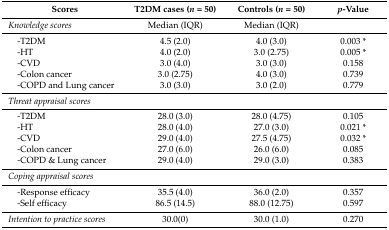
| Scores | T2DM cases (n = 50) | Controls (n = 50) | p-Value |
 | --- | --- | --- | --- |
 | Knowledge scores | Median (IQR) | Median (IQR) |  |
 | -T2DM | 4.5 (2.0) | 4.0 (3.0) | 0.003 * |
 | -HT | 4.0 (2.0) | 3.0 (2.75) | 0.005 * |
 | -CVD | 3.0 (4.0) | 3.0 (3.0) | 0.158 |
 | -Colon cancer | 3.0 (2.75) | 4.0 (3.0) | 0.739 |
 | -COPD and Lung cancer | 3.0 (3.0) | 3.0 (2.0) | 0.779 |
 | Threat appraisal scores |  |  |  |
 | -T2DM | 28.0 (3.0) | 28.0 (4.75) | 0.105 |
 | -HT | 28.0 (4.0) | 27.0 (3.0) | 0.021 * |
 | -CVD | 29.0 (4.0) | 27.5 (4.75) | 0.032 * |
 | -Colon cancer | 27.0 (6.0) | 26.0 (6.0) | 0.085 |
 | -COPD & Lung cancer | 29.0 (4.0) | 29.0 (3.0) | 0.383 |
 | Coping appraisal scores |  |  |  |
 | -Response efficacy | 35.5 (4.0) | 36.0 (2.0) | 0.357 |
 | -Self efficacy | 86.5 (14.5) | 88.0 (12.75) | 0.597 |
 | Intention to practice scores | 30.0(0) | 30.0 (1.0) | 0.270 |